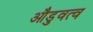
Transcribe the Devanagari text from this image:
औडुवत्व